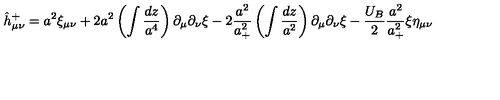
\hat { h } _ { \mu \nu } ^ { + } = a ^ { 2 } \xi _ { \mu \nu } + 2 a ^ { 2 } \left( \int \frac { d z } { a ^ { 4 } } \right) \partial _ { \mu } \partial _ { \nu } \xi - 2 \frac { a ^ { 2 } } { a _ { + } ^ { 2 } } \left( \int \frac { d z } { a ^ { 2 } } \right) \partial _ { \mu } \partial _ { \nu } \xi - \frac { U _ { B } } { 2 } \frac { a ^ { 2 } } { a _ { + } ^ { 2 } } \xi \eta _ { \mu \nu }